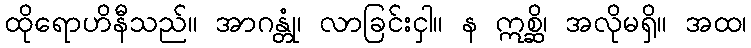
ထိုရောဟိနီသည်။ အာဂန္တုံ၊ လာခြင်းငှါ။ န ဣစ္ဆိ၊ အလိုမရှိ။ အထ၊